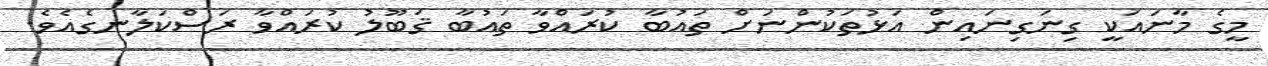
މީގެ މާނައަކީ ގިނަގިނައިން އަޅުތަކުންނަށް ތައުބާ ކުރައްވާ ތައުބާ ޤަބޫލު ކުރައްވާ ރަސްކަލާނގެއެވެ.